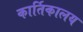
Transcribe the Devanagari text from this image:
कार्तिकालय